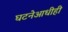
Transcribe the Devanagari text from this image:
घटनेआधीही